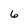
Character: 6